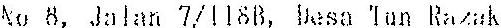
NO 8, JALAN 7/1188, BESA TAN RAZAK